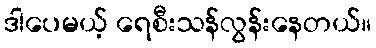
ဒါပေမယ့် ရေစီးသန်လွန်းနေတယ်။